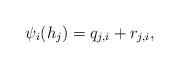
LaTeX: \begin{align*}\psi_i(h_j)=q_{j,i}+r_{j,i},\end{align*}